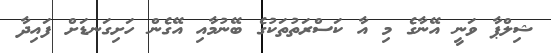
ޝިލްޕާ ވަނީ އޭނާގެ މި އާ ކަސްރަތުތަކުގެ ބޭނުމާއި އޭގެން ހަށިގަނޑަށް ފައިދާ